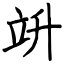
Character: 竔